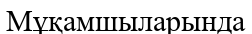
Мұқамшыларында